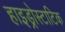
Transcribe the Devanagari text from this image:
हाइड्रोस्टाटिक